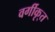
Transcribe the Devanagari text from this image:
वर्गीकृ्त